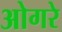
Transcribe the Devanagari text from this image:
ओगरे